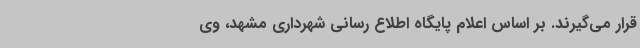
قرار می‌گیرند. بر اساس اعلام پایگاه اطلاع رسانی شهرداری مشهد، وی